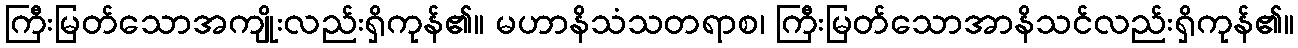
ကြီးမြတ်သောအကျိုးလည်းရှိကုန်၏။ မဟာနိသံသတရာစ၊ ကြီးမြတ်သောအာနိသင်လည်းရှိကုန်၏။